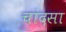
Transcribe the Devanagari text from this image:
चांदसा